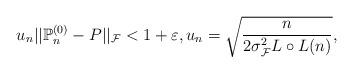
LaTeX: \begin{align*}u_{n}||\mathbb{P}_{n}^{(0)}-P||_{\mathcal{F}}<1+\varepsilon,u_{n}=\sqrt{\frac{n}{2\sigma_{\mathcal{F}}^{2}L\circ L(n)}},\end{align*}